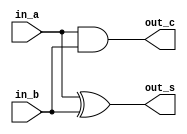
/* CSED273 lab4 experiment 1 */
/* lab4_1.v */


/* Implement Half Adder
 * You may use keword "assign" and bitwise opeartor
 * or just implement with gate-level modeling*/
module halfAdder(
    input in_a,
    input in_b,
    output out_s,
    output out_c
    );

    ////////////////////////
    
    and(out_c, in_a, in_b);
    xor(out_s, in_a, in_b);
    
    ////////////////////////

endmodule

/* Implement Full Adder
 * You must use halfAdder module
 * You may use keword "assign" and bitwise opeartor
 * or just implement with gate-level modeling*/
module fullAdder(
    input in_a,
    input in_b,
    input in_c,
    output out_s,
    output out_c
    );

    ////////////////////////
    
    wire a, b, c;
    
    halfAdder A(in_a, in_b, b, a);
    halfAdder B(b, in_c, out_s, c);
    or(out_c, a, c);
    
    ////////////////////////

endmodule